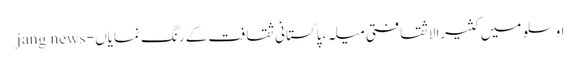
اوسلو میں کثیرالاثقافتی میلہ ،پاکستانی ثقافت کے رنگ نمایاں - jang news